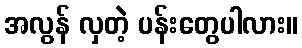
အလွန် လှတဲ့ ပန်းတွေပါလား။